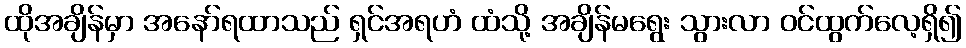
ထိုအချိန်မှာ အနော်ရထာသည် ရှင်အရဟံ ထံသို့ အချိန်မရွေး သွားလာ ဝင်ထွက်လေ့ရှိ၍